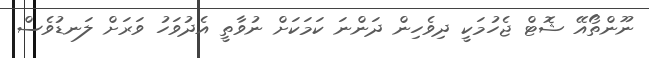
ނޫންތޯއޭ ޝޮޓް ޖެހުމަކީ ދިވެހިން ދަންނަ ކަމަކަށް ނުވާތީ އެދުވަހު ވަރަށް ލަނޑުވެސް